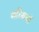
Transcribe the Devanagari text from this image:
गरिमयों